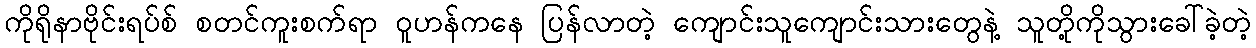
ကိုရိုနာဗိုင်းရပ်စ် စတင်ကူးစက်ရာ ဝူဟန်ကနေ ပြန်လာတဲ့ ကျောင်းသူကျောင်းသားတွေနဲ့ သူတို့ကိုသွားခေါ်ခဲ့တဲ့